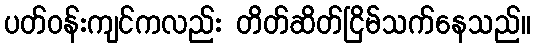
ပတ်ဝန်းကျင်ကလည်း တိတ်ဆိတ်ငြိမ်သက်နေသည်။